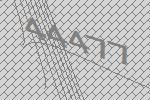
44477